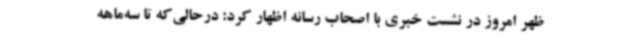
ظهر امروز در نشست خبری با اصحاب رسانه اظهار کرد: درحالی‌که تا سه‌ماهه